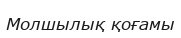
Молшылық қоғамы